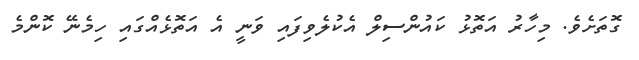
ގޮތަށެވެ. މިހާރު އަތޮޅު ކައުންސިލް އެކުލެވިފައި ވަނީ އެ އަތޮޅެއްގައި ހިމެނޭ ކޮންމެ